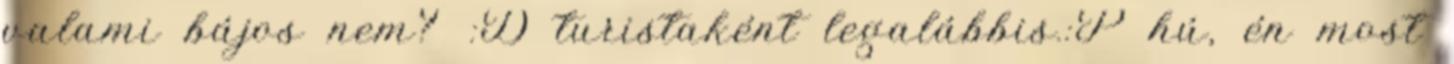
valami bájos nem? :D turistaként legalábbis.:P hú, én most